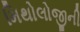
મિથોલોજીની